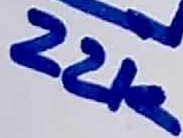
Text: 22K